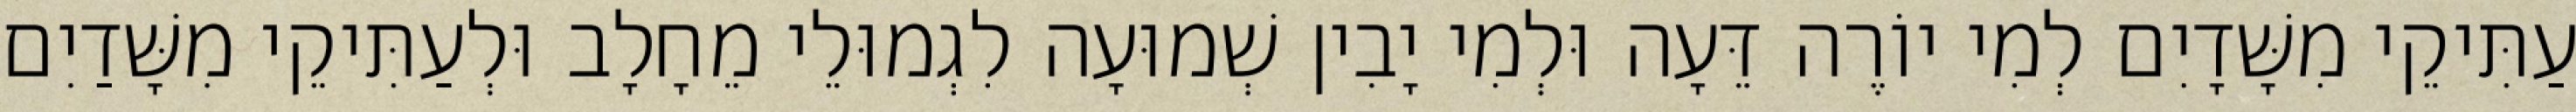
עַתִּיקֵי מִשָּׁדָיִם לְמִי יוֹרֶה דֵּעָה וּלְמִי יָבִין שְׁמוּעָה לִגְמוּלֵי מֵחָלָב וּלְעַתִּיקֵי מִשָּׁדַיִם